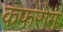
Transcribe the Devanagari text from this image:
कफरोग